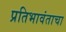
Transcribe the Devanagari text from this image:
प्रतिभावंताचा